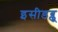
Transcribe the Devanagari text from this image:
इसीडब्लू